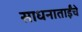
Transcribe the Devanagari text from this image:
साधनाताईंचे